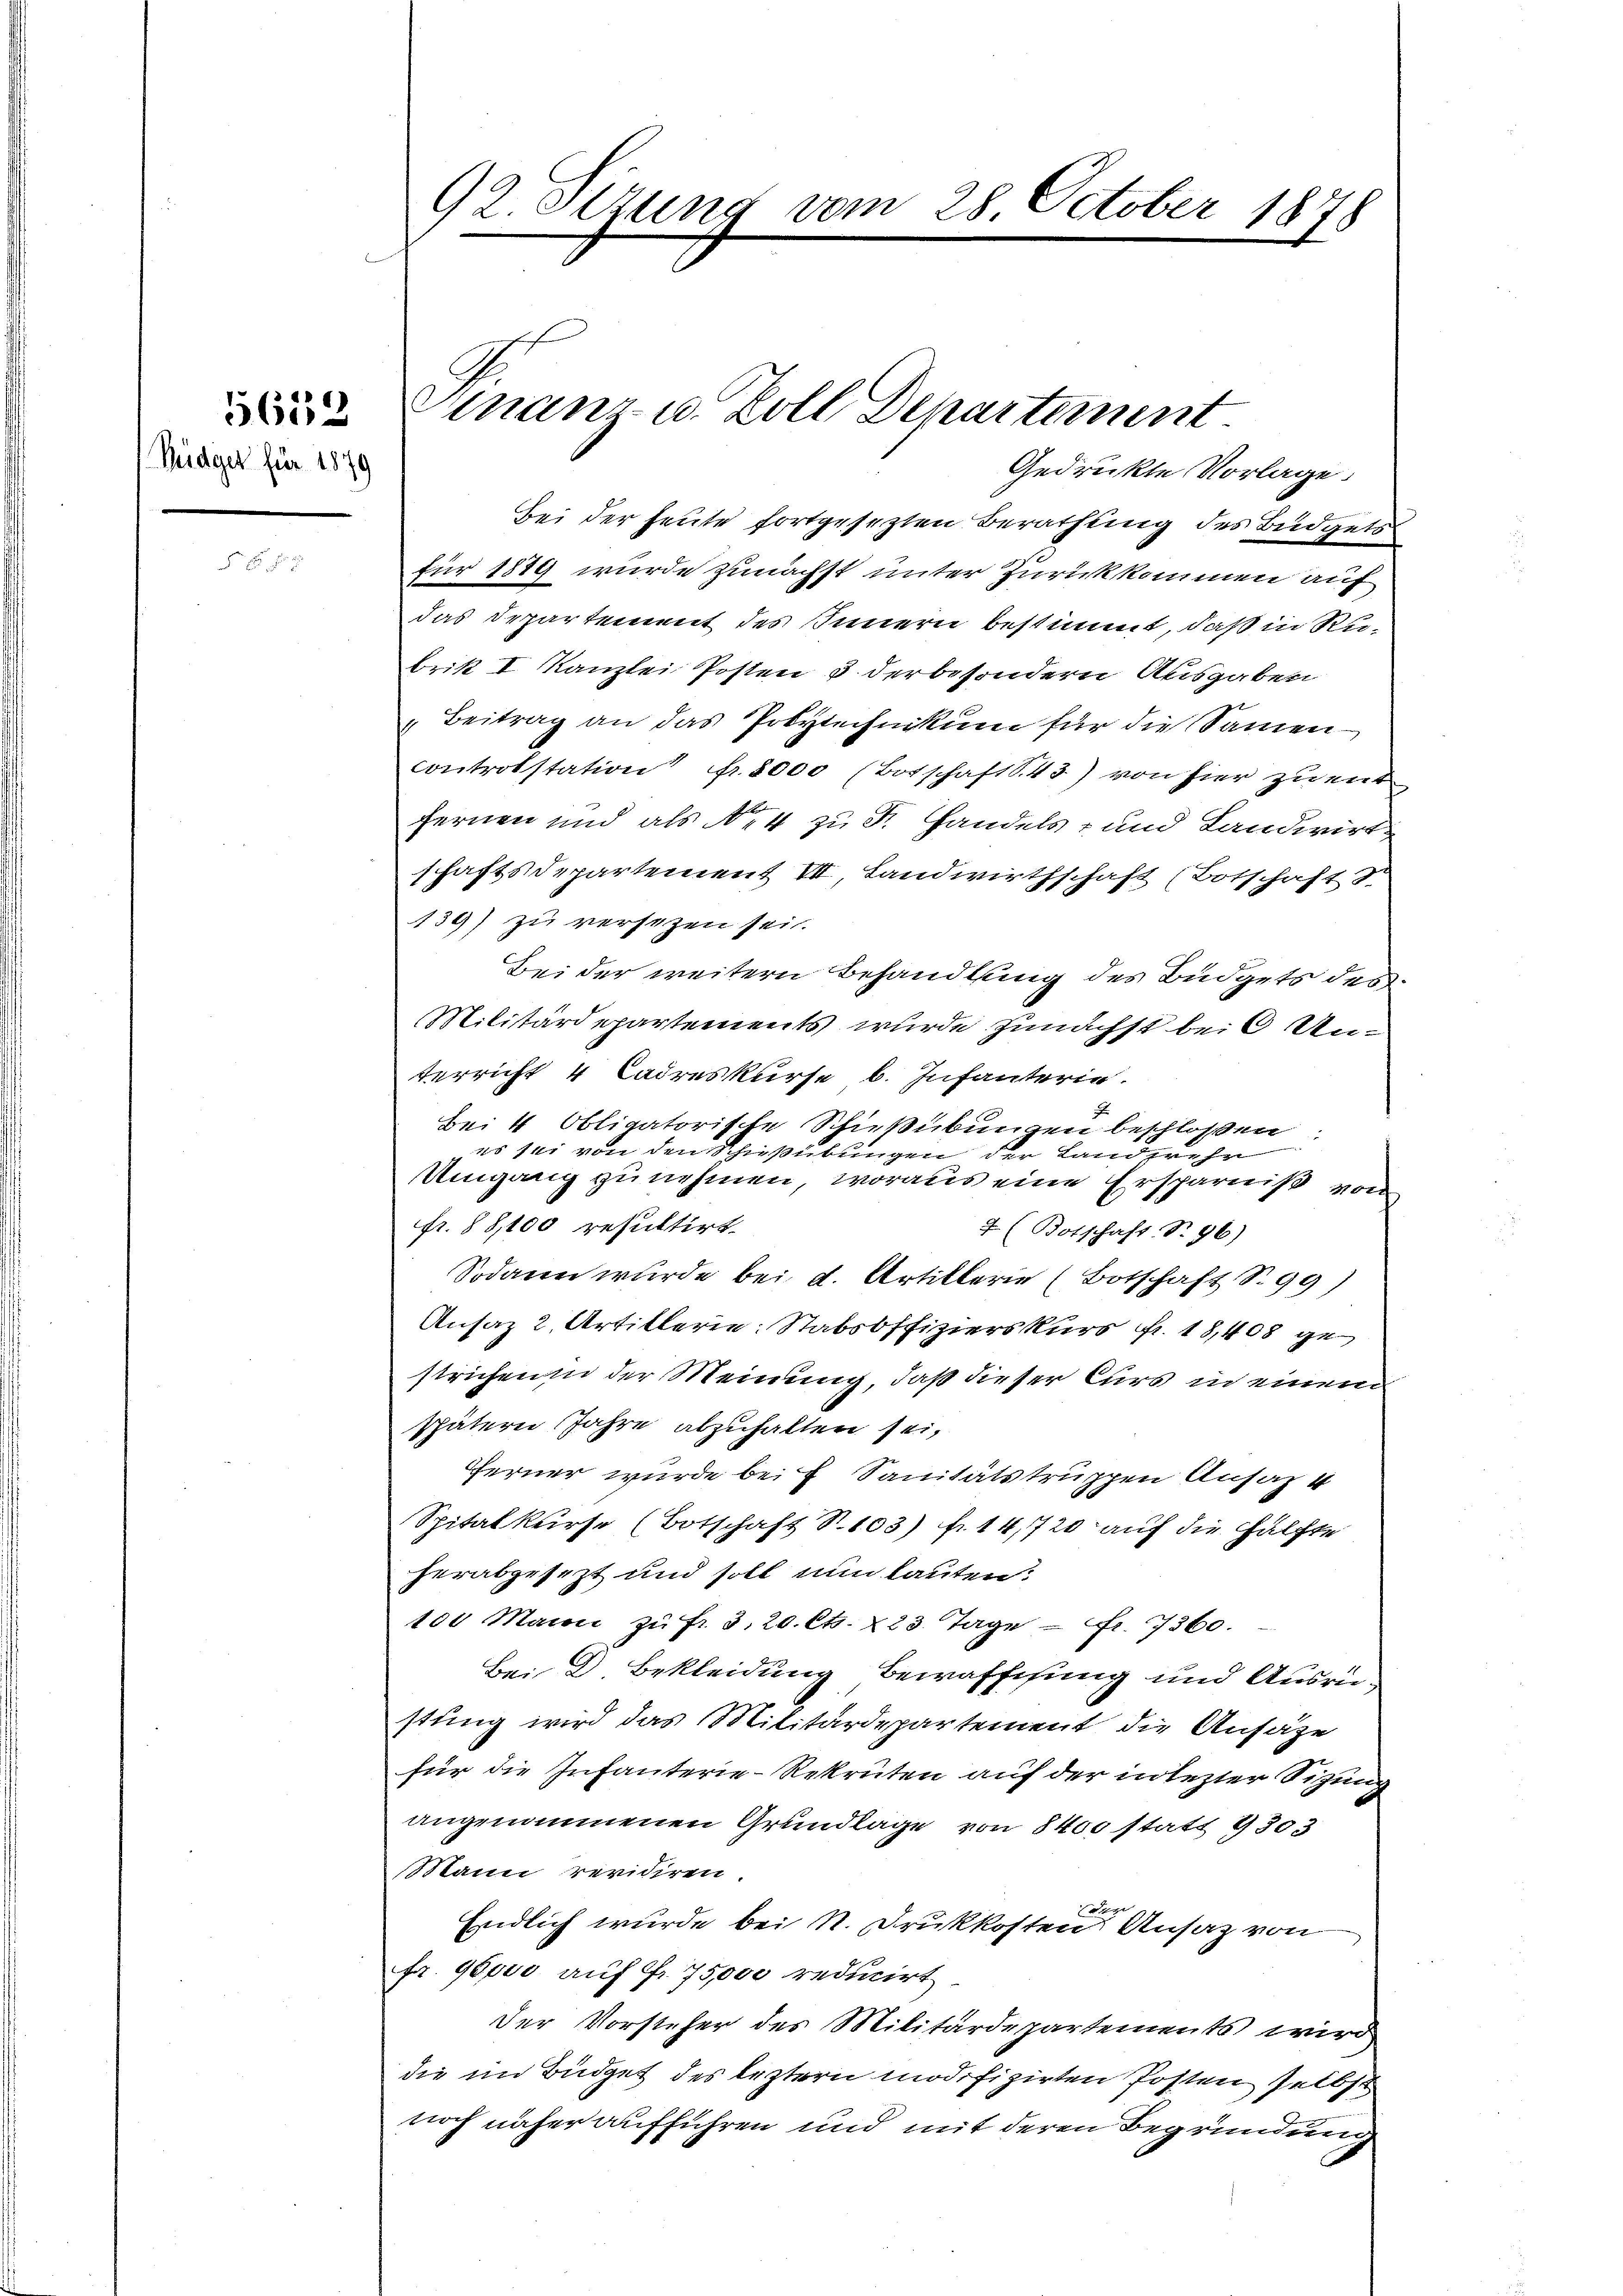
Büdget für 1876

5653

92.Otzung vom 28. October 1878

Bei der heute fortgesezten Berathung des Büdgets
für 1889 wurde zunächst unter Zurückkommen auf
das Departement des Innern bestimmt, daß in Rubrik I Kanzlei Posten 3 derbesondern Ausgaben
"Beitrag an das Polytechnikum für die Samen
Controlstation fr. 8000 (Botschaft S. 43) von hier zu entfernen und als No 4 zu Fr. Handels- und Landwirt-
schaftsdepartement VII, Landwirthschaft (Botschaft S.
139) zu versezen sei.
Bei der weitern Behandlung des Büdgets des
Militärdepartements wurde zunächst bei 6 Unterricht 4 Cadreskurse b. Infanterie.
E
Bei 4 Obligatorische Schießübungen beschloßen
es sei von den Schießübungen der Landwehr
Umgang zu nehmen, woraus eine Ersparniß von
fr. 88,100 resultirt.
4 (Botschaft T.96)
Sodann wurde bei d. Artillerie (Botschaft S. 99)
Ansaz 2. Artillerie: Stabsoffizierskurs Fr. 18,408 gestrichen in der Meinung, daß dieser Curs in einem
spätern Jahre abzuhalten sei,
Ferner wurde bei f Sanitätstruppen Ansaz 4
Spitalkurse (Botschaft S. 103) fr. 14,720 auf die Hälfte
herabgesezt und soll nun lauten:
100 Maion zŭ fr. 3. 20. Ct. 223. Tage – fr. 7560.
Bei D. Bekleidung Bewaffisung und Ausrüstung wird das Militärdepartement die Ansäze
für die Infanterie-Rekruten auf der in lezter Sitzung
angenommenen Grundlage von 8400 statt 9303
Mann revidiren.
e
Endlich wurde bei R. Drukkosten Ansatz von
fr. 96000 auf Fr. 75,000 reducirt
Der Vorsteher des Militärdepartements wird
die im Büdget des leztern modifizirten Posten selbst
noch näher aufführen und mit deren Begründung

Finanz- u. Zoll Departement
Gedrükte Vorlage.